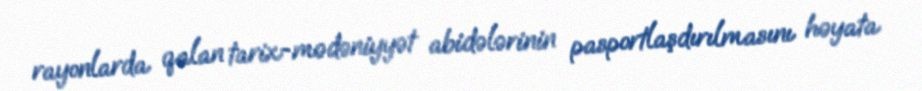
rayonlarda qalan tarix-mədəniyyət abidələrinin pasportlaşdırılmasını həyata